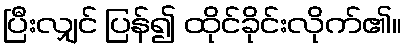
ပြီးလျှင် ပြန်၍ ထိုင်ခိုင်းလိုက်၏။